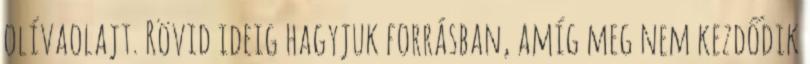
olívaolajt. Rövid ideig hagyjuk forrásban, amíg meg nem kezdődik